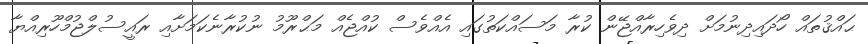
ޙައްޤުތައް ހޯދައިދިނުމަށް ދިވެހިރާއްޖޭން ކުރާ މަސައްކަތުގައި އެއްވެސް ކުއްޖެއް މަޙްރޫމު ނުކުރާނެކަމަށާއި ރައީސުލްޖުމްހޫރިއްޔާ